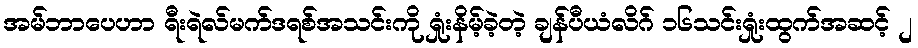
အမ်ဘာပေဟာ ရီးရဲလ်မက်ဒရစ်အသင်းကို ရှုံးနိမ့်ခဲ့တဲ့ ချန်ပီယံလိဂ် ၁၆သင်းရှုံးထွက်အဆင့် ၂